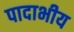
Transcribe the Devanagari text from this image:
पादाभीय